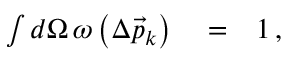
\begin{array} { r l r } { \int d \Omega \, \omega \left( \Delta \vec { p } _ { k } \right) } & { { } = } & { 1 \, , } \end{array}